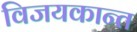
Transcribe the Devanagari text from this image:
विजयकान्त